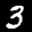
Label: 3